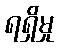
ရရှိမှု